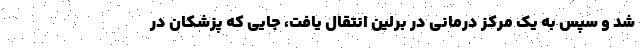
شد و سپس به یک مرکز درمانی در برلین انتقال یافت، جایی که پزشکان در